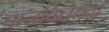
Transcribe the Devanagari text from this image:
वाजविलेल्या